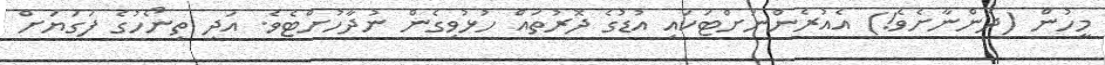
މީހުން (ދަންނާށެވެ!) އެއުރެންނަށްޓަކައި އުޑުގެ ދޮރުތައް ހުޅުވިގެން ނުދާހުށްޓެވެ. އަދި ތިނޯހުގެ ފަގަޔަށް